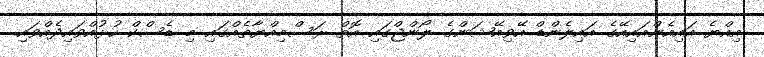
އިއްޔެ އައިއެންއައިއޭގެ އައިލެންޑް އޭވިއޭޝަންގެ ލޯންޖްގައި އޮތް ރަސްމިއްޔާތެއްގައި މި ޑެސްކް ހުޅުއްވައިދެއްވައި